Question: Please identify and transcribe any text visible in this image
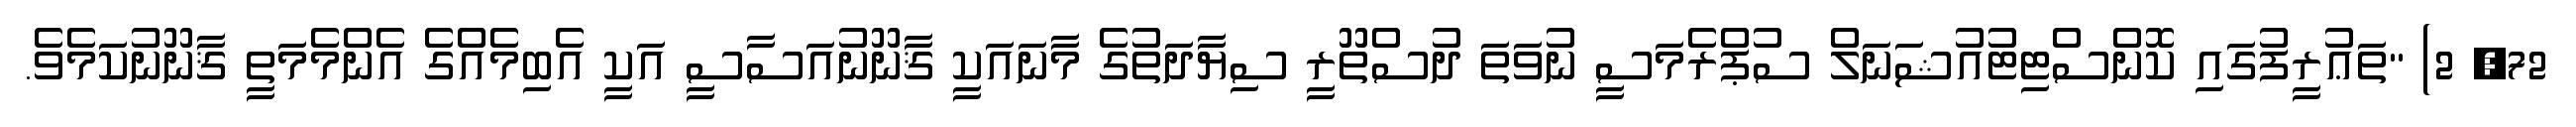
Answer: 72, 2) "ތަޢުރީފުގައި ކޮންސްޓިޓުއުޝަނަލް ސުޕްރެމަސީ ނުވަތަ ދުސްތޫރީ ސިޔާދަތުގެ މާނައަކީ ޤާނޫނުއަސާސީ އަކީ އެބިމެއްގެ އެންމެމަތީ ޤާނޫނުކަމެވެ.